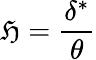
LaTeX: \mathfrak{H}={\frac{{\delta^{*}}}{{\theta}}}